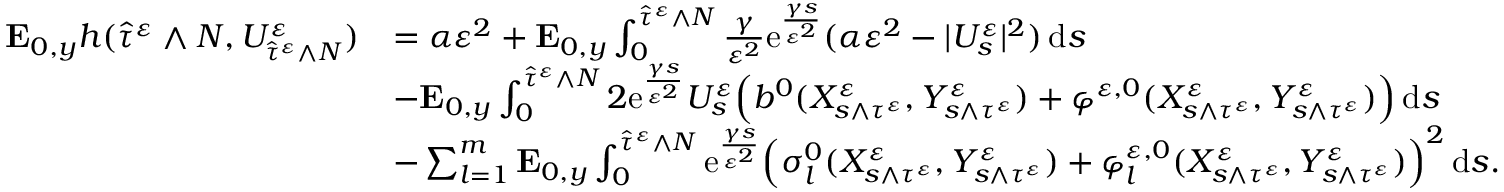
\begin{array} { r l } { \mathbf { E } _ { 0 , y } h ( \widehat \tau ^ { \varepsilon } \wedge N , U _ { \widehat \tau ^ { \varepsilon } \wedge N } ^ { \varepsilon } ) } & { = \alpha \varepsilon ^ { 2 } + \mathbf { E } _ { 0 , y } \int _ { 0 } ^ { \widehat \tau ^ { \varepsilon } \wedge N } \frac { \gamma } { \varepsilon ^ { 2 } } \mathrm { e } ^ { \frac { \gamma s } { \varepsilon ^ { 2 } } } ( \alpha \varepsilon ^ { 2 } - | U _ { s } ^ { \varepsilon } | ^ { 2 } ) \, \mathrm { d } s } \\ & { - \mathbf { E } _ { 0 , y } \int _ { 0 } ^ { \widehat \tau ^ { \varepsilon } \wedge N } 2 \mathrm { e } ^ { \frac { \gamma s } { \varepsilon ^ { 2 } } } U _ { s } ^ { \varepsilon } \Big ( b ^ { 0 } ( X _ { s \wedge \tau ^ { \varepsilon } } ^ { \varepsilon } , Y _ { s \wedge \tau ^ { \varepsilon } } ^ { \varepsilon } ) + \varphi ^ { \varepsilon , 0 } ( X _ { s \wedge \tau ^ { \varepsilon } } ^ { \varepsilon } , Y _ { s \wedge \tau ^ { \varepsilon } } ^ { \varepsilon } ) \Big ) \, \mathrm { d } s } \\ & { - \sum _ { l = 1 } ^ { m } \mathbf { E } _ { 0 , y } \int _ { 0 } ^ { \widehat \tau ^ { \varepsilon } \wedge N } \mathrm { e } ^ { \frac { \gamma s } { \varepsilon ^ { 2 } } } \Big ( \sigma _ { l } ^ { 0 } ( X _ { s \wedge \tau ^ { \varepsilon } } ^ { \varepsilon } , Y _ { s \wedge \tau ^ { \varepsilon } } ^ { \varepsilon } ) + \varphi _ { l } ^ { \varepsilon , 0 } ( X _ { s \wedge \tau ^ { \varepsilon } } ^ { \varepsilon } , Y _ { s \wedge \tau ^ { \varepsilon } } ^ { \varepsilon } ) \Big ) ^ { 2 } \, \mathrm { d } s . } \end{array}